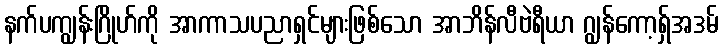
နက်ပကျွန်းဂြိုဟ်ကို အာကာသပညာရှင်များဖြစ်သော အာဘိန်လီဗဲရီယာ ဂျွန်ကော့ရှ်အဒမ်